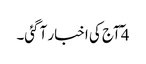
4 ٓآج کی اخبار آ گئی۔